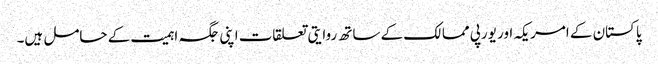
پاکستان کے امریکہ اور یورپی ممالک کے ساتھ روایتی تعلقات اپنی جگہ اہمیت کے حامل ہیں۔